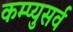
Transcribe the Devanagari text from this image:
कम्प्युसर्व